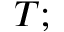
T ;